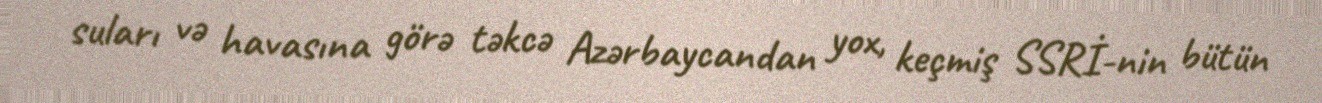
suları və havasına görə təkcə Azərbaycandan yox, keçmiş SSRİ-nin bütün